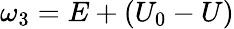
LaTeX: \omega_{3}=E+(U_{0}-U)